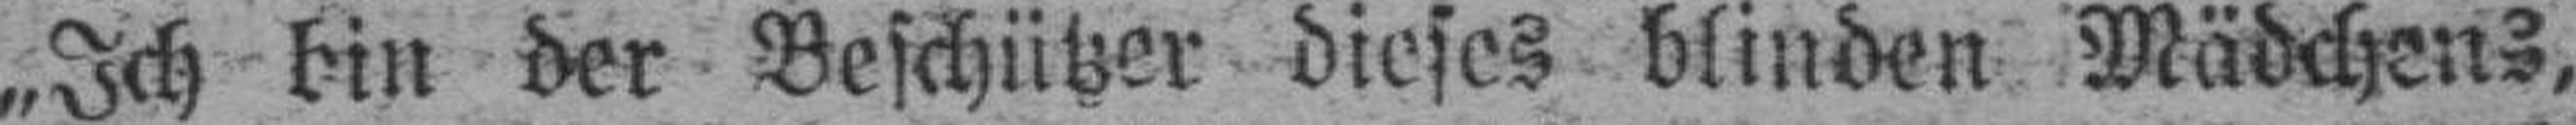
„Ich bin der Beschützer dieses blinden Mädchens,